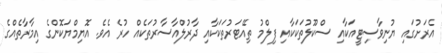
އެރަށުގައި ޔުނިވާސިޓީއަކާއި ސްކޫލުތަކަކާއި ފިލްމު ތިއޭޓަރުތަކަކާއި ދާރުލްއާސާރުތަކެއް ހުރެ އެވެ. އޮޔިމްޔަކޮންގެ އިމާރާތެއްގެ